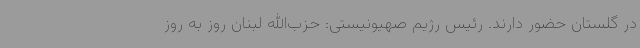
در گلستان حضور دارند. رئیس رژیم صهیونیستی: حزب‌الله لبنان روز به روز